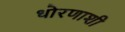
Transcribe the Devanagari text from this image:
धोरणाशी